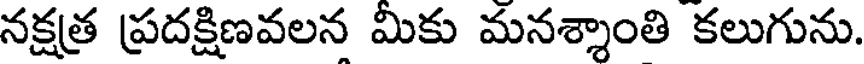
నక్షత్ర ప్రదక్షిణవలన మికు మనశ్శాంతి కలుగును.